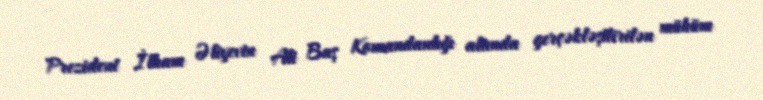
Prezident İlham Əliyevin Ali Baş Komandanlığı altında gerçəkləşdirilən mühüm